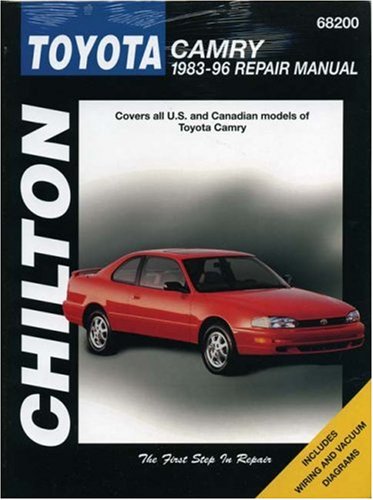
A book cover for Toyota Camry 1983-96 Repair Manual (Chilton's Total Car Care); Dawn M. Hoch; Engineering & Transportation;